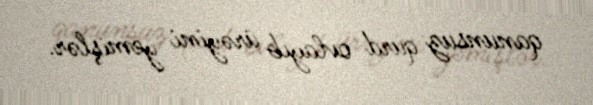
qanunsuz qurd ovlayıb ürəyini yemişlər.